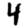
Digit: 4